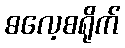
ဓလေ့စရိုက်